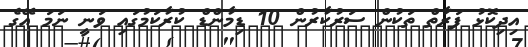
އިދިކޮޅު ފަރާތް ތަކުން ސަރުކާރުން 10 ޑިމާންޑް ކުރާކަމުގައި ވަނީ ނަމަ އޭގެ